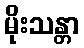
မိုးသန္တာ